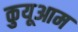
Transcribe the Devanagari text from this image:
कुयूआम